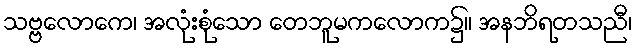
သဗ္ဗလောကေ၊ အလုံးစုံသော တေဘူမကလောက၌။ အနဘိရတသညီ၊